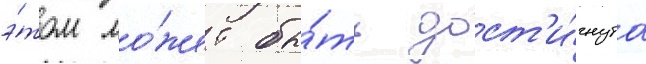
э́том мо́жет бы́ть дост'и́гнута